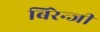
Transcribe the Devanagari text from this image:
बिरेन्जी